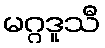
မဂ္ဂဒူသီ